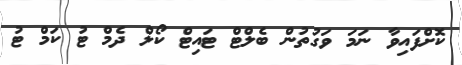
ކޮށްފައިވާ ނަމަ ވަގުތުން ބެލްޓް ޓައިޓް ކޯލް ދެމް ޓު ކަމް ޓު